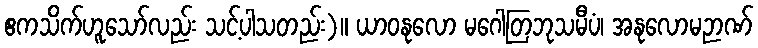
ဧကသိက်ဟူသော်လည်း သင့်ပါသတည်း)။ ယာဝနုလော မဂေါတြဘုသမီပံ၊ အနုလောမဉာဏ်